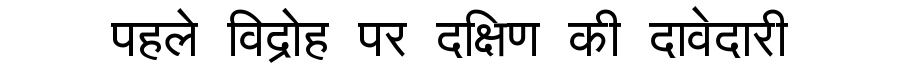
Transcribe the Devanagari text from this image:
पहले विद्रोह पर दक्षिण की दावेदारी